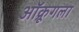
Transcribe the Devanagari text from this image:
ऑक्रूगला